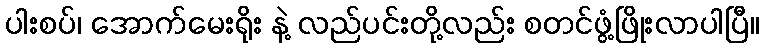
ပါးစပ်၊ အောက်မေးရိုး နဲ့ လည်ပင်းတို့လည်း စတင်ဖွံ့ဖြိုးလာပါပြီ။